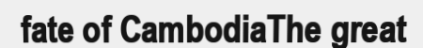
fate of CambodiaThe great